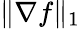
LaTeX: \| \nabla f\| _{1}